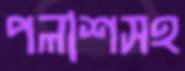
পলাশসহ